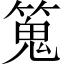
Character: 䈭